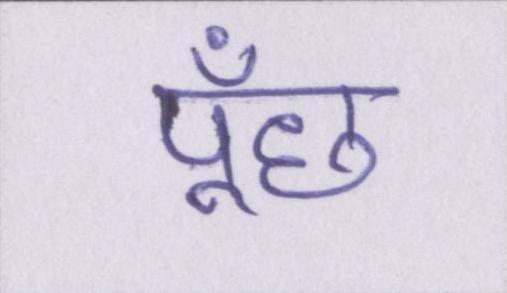
पूँछ